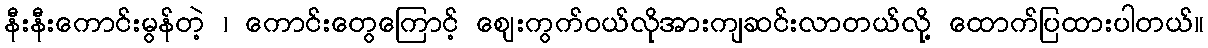
နီးနီးကောင်းမွန်တဲ့ ၊ ကောင်းတွေကြောင့် ဈေးကွက်ဝယ်လိုအားကျဆင်းလာတယ်လို့ ထောက်ပြထားပါတယ်။